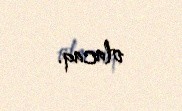
olacaq.